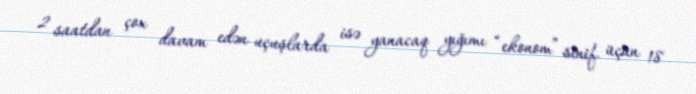
2 saatdan çox davam edən uçuşlarda isə yanacaq yığımı “ekonom” sinif üçün 18